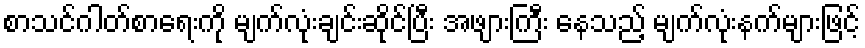
စာသင်ဂါတ်စာရေးကို မျက်လုံးချင်းဆိုင်ပြီး အဖျားကြီး နေသည့် မျက်လုံးနက်များဖြင့်